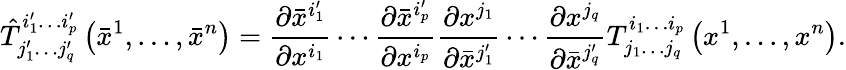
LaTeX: {\hat{T}}_{j_{1}^{\prime}\dots j_{q}^{\prime}}^{i_{1}^{\prime}\dots i_{p}^{\prime}}\left({\bar{x}}^{1},\ldots,{\bar{x}}^{n}\right)={\frac{\partial{\bar{x}}^{i_{1}^{\prime}}}{\partial x^{i_{1}}}}\cdots{\frac{\partial{\bar{x}}^{i_{p}^{\prime}}}{\partial x^{i_{p}}}}{\frac{\partial x^{j_{1}}}{\partial{\bar{x}}^{j_{1}^{\prime}}}}\cdots{\frac{\partial x^{j_{q}}}{\partial{\bar{x}}^{j_{q}^{\prime}}}}T_{j_{1}\dots j_{q}}^{i_{1}\dots i_{p}}\left(x^{1},\ldots,x^{n}\right).